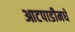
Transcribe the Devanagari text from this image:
आटपाडीमधे